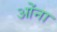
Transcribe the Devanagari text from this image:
ओंना